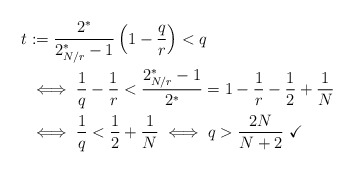
\begin{align*}t&:=\frac{2^*}{2_{N/r}^*-1}\left(1-\frac{q}{r}\right)<q \\&\iff \frac1{q}-\frac1{r}<\frac{2_{N/r}^*-1}{2^*}=1-\frac1{r}-\frac12+\frac1N \\&\iff \frac1{q}<\frac12+\frac1N\iff q>\frac{2N}{N+2}\ \checkmark \end{align*}